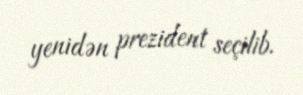
yenidən prezident seçilib.